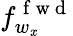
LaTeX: f_{w_{\mathit{x}}}^{\mathrm{{~f~w~d~}}}